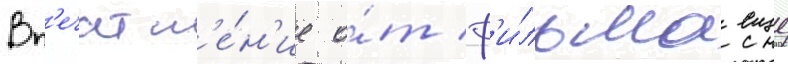
Вп'ечатл'е́н'ие о́т ф'и́льма еще